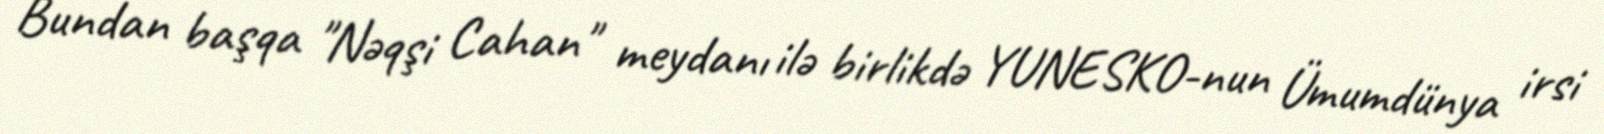
Bundan başqa "Nəqşi Cahan" meydanı ilə birlikdə YUNESKO-nun Ümumdünya irsi